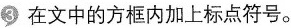
3在文中的方框内加上标点符号。